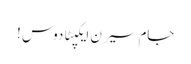
جام سیرن ایکپٹادوس !